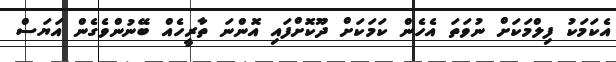
އެކަމަކު ފިލްމަކަށް ނުވަތަ އެހެން ކަމަކަށް ދޫކޮށްފައި އޮންނަ ތާރީހެއް ބޭނުންވެގެން އަޔަސް